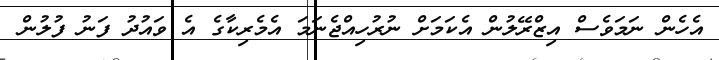
އެހެން ނަމަވެސް އިޒްރޭލުން އެކަމަށް ނުރުހިއްޖެނަމަ އެމެރިކާގެ އެ ވައުދު ފަނު ފުލުން